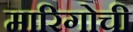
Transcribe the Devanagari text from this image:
मारिगोची